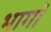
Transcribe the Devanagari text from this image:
भागॉ